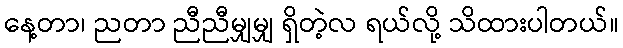
နေ့တာ၊ ညတာ ညီညီမျှမျှ ရှိတဲ့လ ရယ်လို့ သိထားပါတယ်။